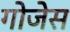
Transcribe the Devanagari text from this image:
गोजेस